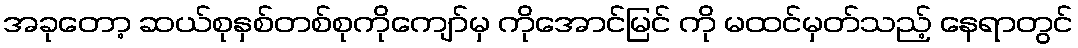
အခုတော့ ဆယ်စုနှစ်တစ်စုကိုကျော်မှ ကိုအောင်မြင် ကို မထင်မှတ်သည့် နေရာတွင်